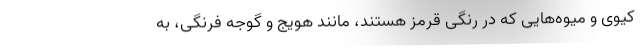
کیوی و میوه‌هایی که در رنگی قرمز هستند، مانند هویج و گوجه فرنگی، به